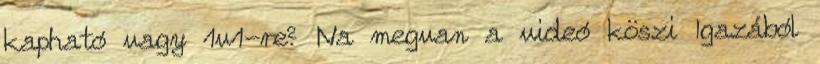
kapható vagy 1v1-re? Na megvan a videó köszi Igazából